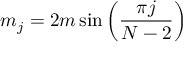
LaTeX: m _ { j } = 2 m \, { \sin \left( \frac { \pi j } { N - 2 } \right) }